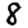
Digit: 8